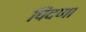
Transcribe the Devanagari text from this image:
पिंदणा